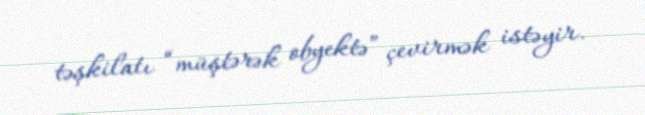
təşkilatı “müştərək obyektə” çevirmək istəyir.